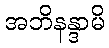
အဘိနန္ဒာမိ